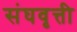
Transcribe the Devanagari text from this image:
संघवृत्ती